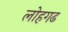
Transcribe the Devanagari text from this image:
लोहगढ